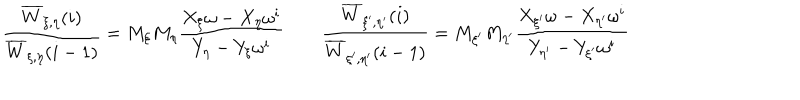
\frac { \overline { { { W } } } _ { \xi , \eta } ( i ) } { \overline { { { W } } } _ { \xi , \eta } ( i - 1 ) } = M _ { \xi } M _ { \eta } \frac { X _ { \xi } \omega - X _ { \eta } \omega ^ { i } } { Y _ { \eta } - Y _ { \xi } \omega ^ { i } } \qquad \frac { \overline { { { W } } } _ { \xi ^ { \prime } , \eta ^ { \prime } } ( i ) } { \overline { { { W } } } _ { \xi ^ { \prime } , \eta ^ { \prime } } ( i - 1 ) } = M _ { \xi ^ { \prime } } M _ { \eta ^ { \prime } } \frac { X _ { \xi ^ { \prime } } \omega - X _ { \eta ^ { \prime } } \omega ^ { i } } { Y _ { \eta ^ { \prime } } - Y _ { \xi ^ { \prime } } \omega ^ { i } } \qquad